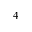
^ { 4 }